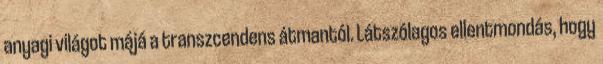
anyagi világot májá a transzcendens átmantól. Látszólagos ellentmondás, hogy